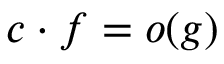
c \cdot f = o ( g )